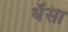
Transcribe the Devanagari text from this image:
धॅसा